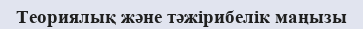
Теориялық және тәжірибелік маңызы